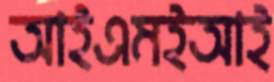
আইএমইআই